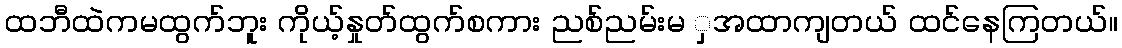
ထဘီထဲကမထွက်ဘူး ကိုယ့်နှုတ်ထွက်စကား ညစ်ညမ်းမ ှအထာကျတယ် ထင်နေကြတယ်။